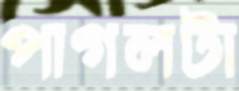
পাগলটা